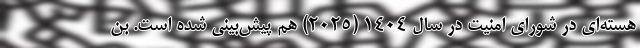
هسته‌ای در شورای امنیت در سال ۱۴۰۴ (۲۰۲۵) هم پیش‌بینی شده است. بن